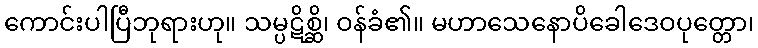
ကောင်းပါပြီဘုရားဟု။ သမ္ပဋိစ္ဆိ၊ ဝန်ခံ၏။ မဟာသေနောပိခေါဒေဝပုတ္တော၊